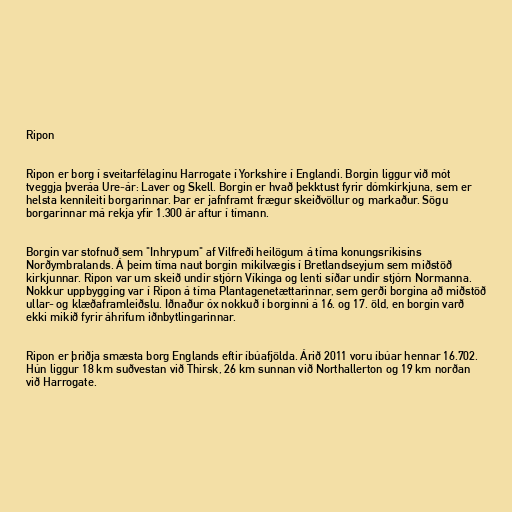
Ripon

Ripon er borg í sveitarfélaginu Harrogate í Yorkshire í Englandi. Borgin liggur við mót
tveggja þveráa Ure-ár: Laver og Skell. Borgin er hvað þekktust fyrir dómkirkjuna, sem er
helsta kennileiti borgarinnar. Þar er jafnframt frægur skeiðvöllur og markaður. Sögu
borgarinnar má rekja yfir 1.300 ár aftur í tímann.

Borgin var stofnuð sem "Inhrypum" af Vilfreði heilögum á tíma konungsríkisins
Norðymbralands. Á þeim tíma naut borgin mikilvægis í Bretlandseyjum sem miðstöð
kirkjunnar. Ripon var um skeið undir stjórn Víkinga og lenti síðar undir stjórn Normanna.
Nokkur uppbygging var í Ripon á tíma Plantagenetættarinnar, sem gerði borgina að miðstöð
ullar- og klæðaframleiðslu. Iðnaður óx nokkuð í borginni á 16. og 17. öld, en borgin varð
ekki mikið fyrir áhrifum iðnbytlingarinnar.

Ripon er þriðja smæsta borg Englands eftir íbúafjölda. Árið 2011 voru íbúar hennar 16.702.
Hún liggur 18 km suðvestan við Thirsk, 26 km sunnan við Northallerton og 19 km norðan
við Harrogate.